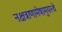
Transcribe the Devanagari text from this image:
नक्षत्राणामेषामुपस्थे